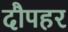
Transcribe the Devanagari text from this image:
दौपहर